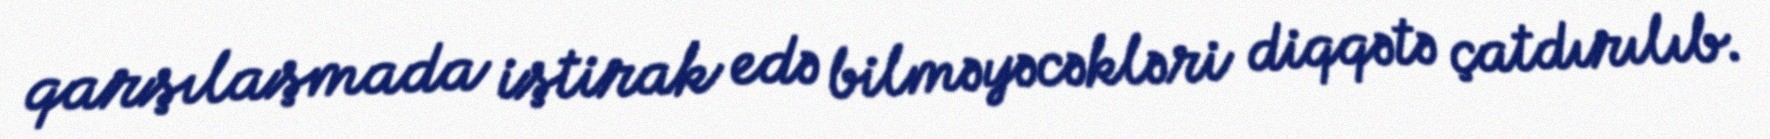
qarşılaşmada iştirak edə bilməyəcəkləri diqqətə çatdırılıb.